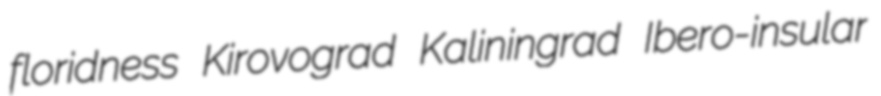
floridness Kirovograd Kaliningrad Ibero-insular